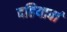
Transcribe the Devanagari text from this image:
दहियावां